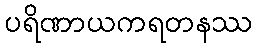
ပရိဏာယကရတနဿ